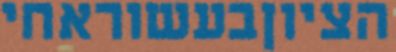
הציוןבעשוראחי